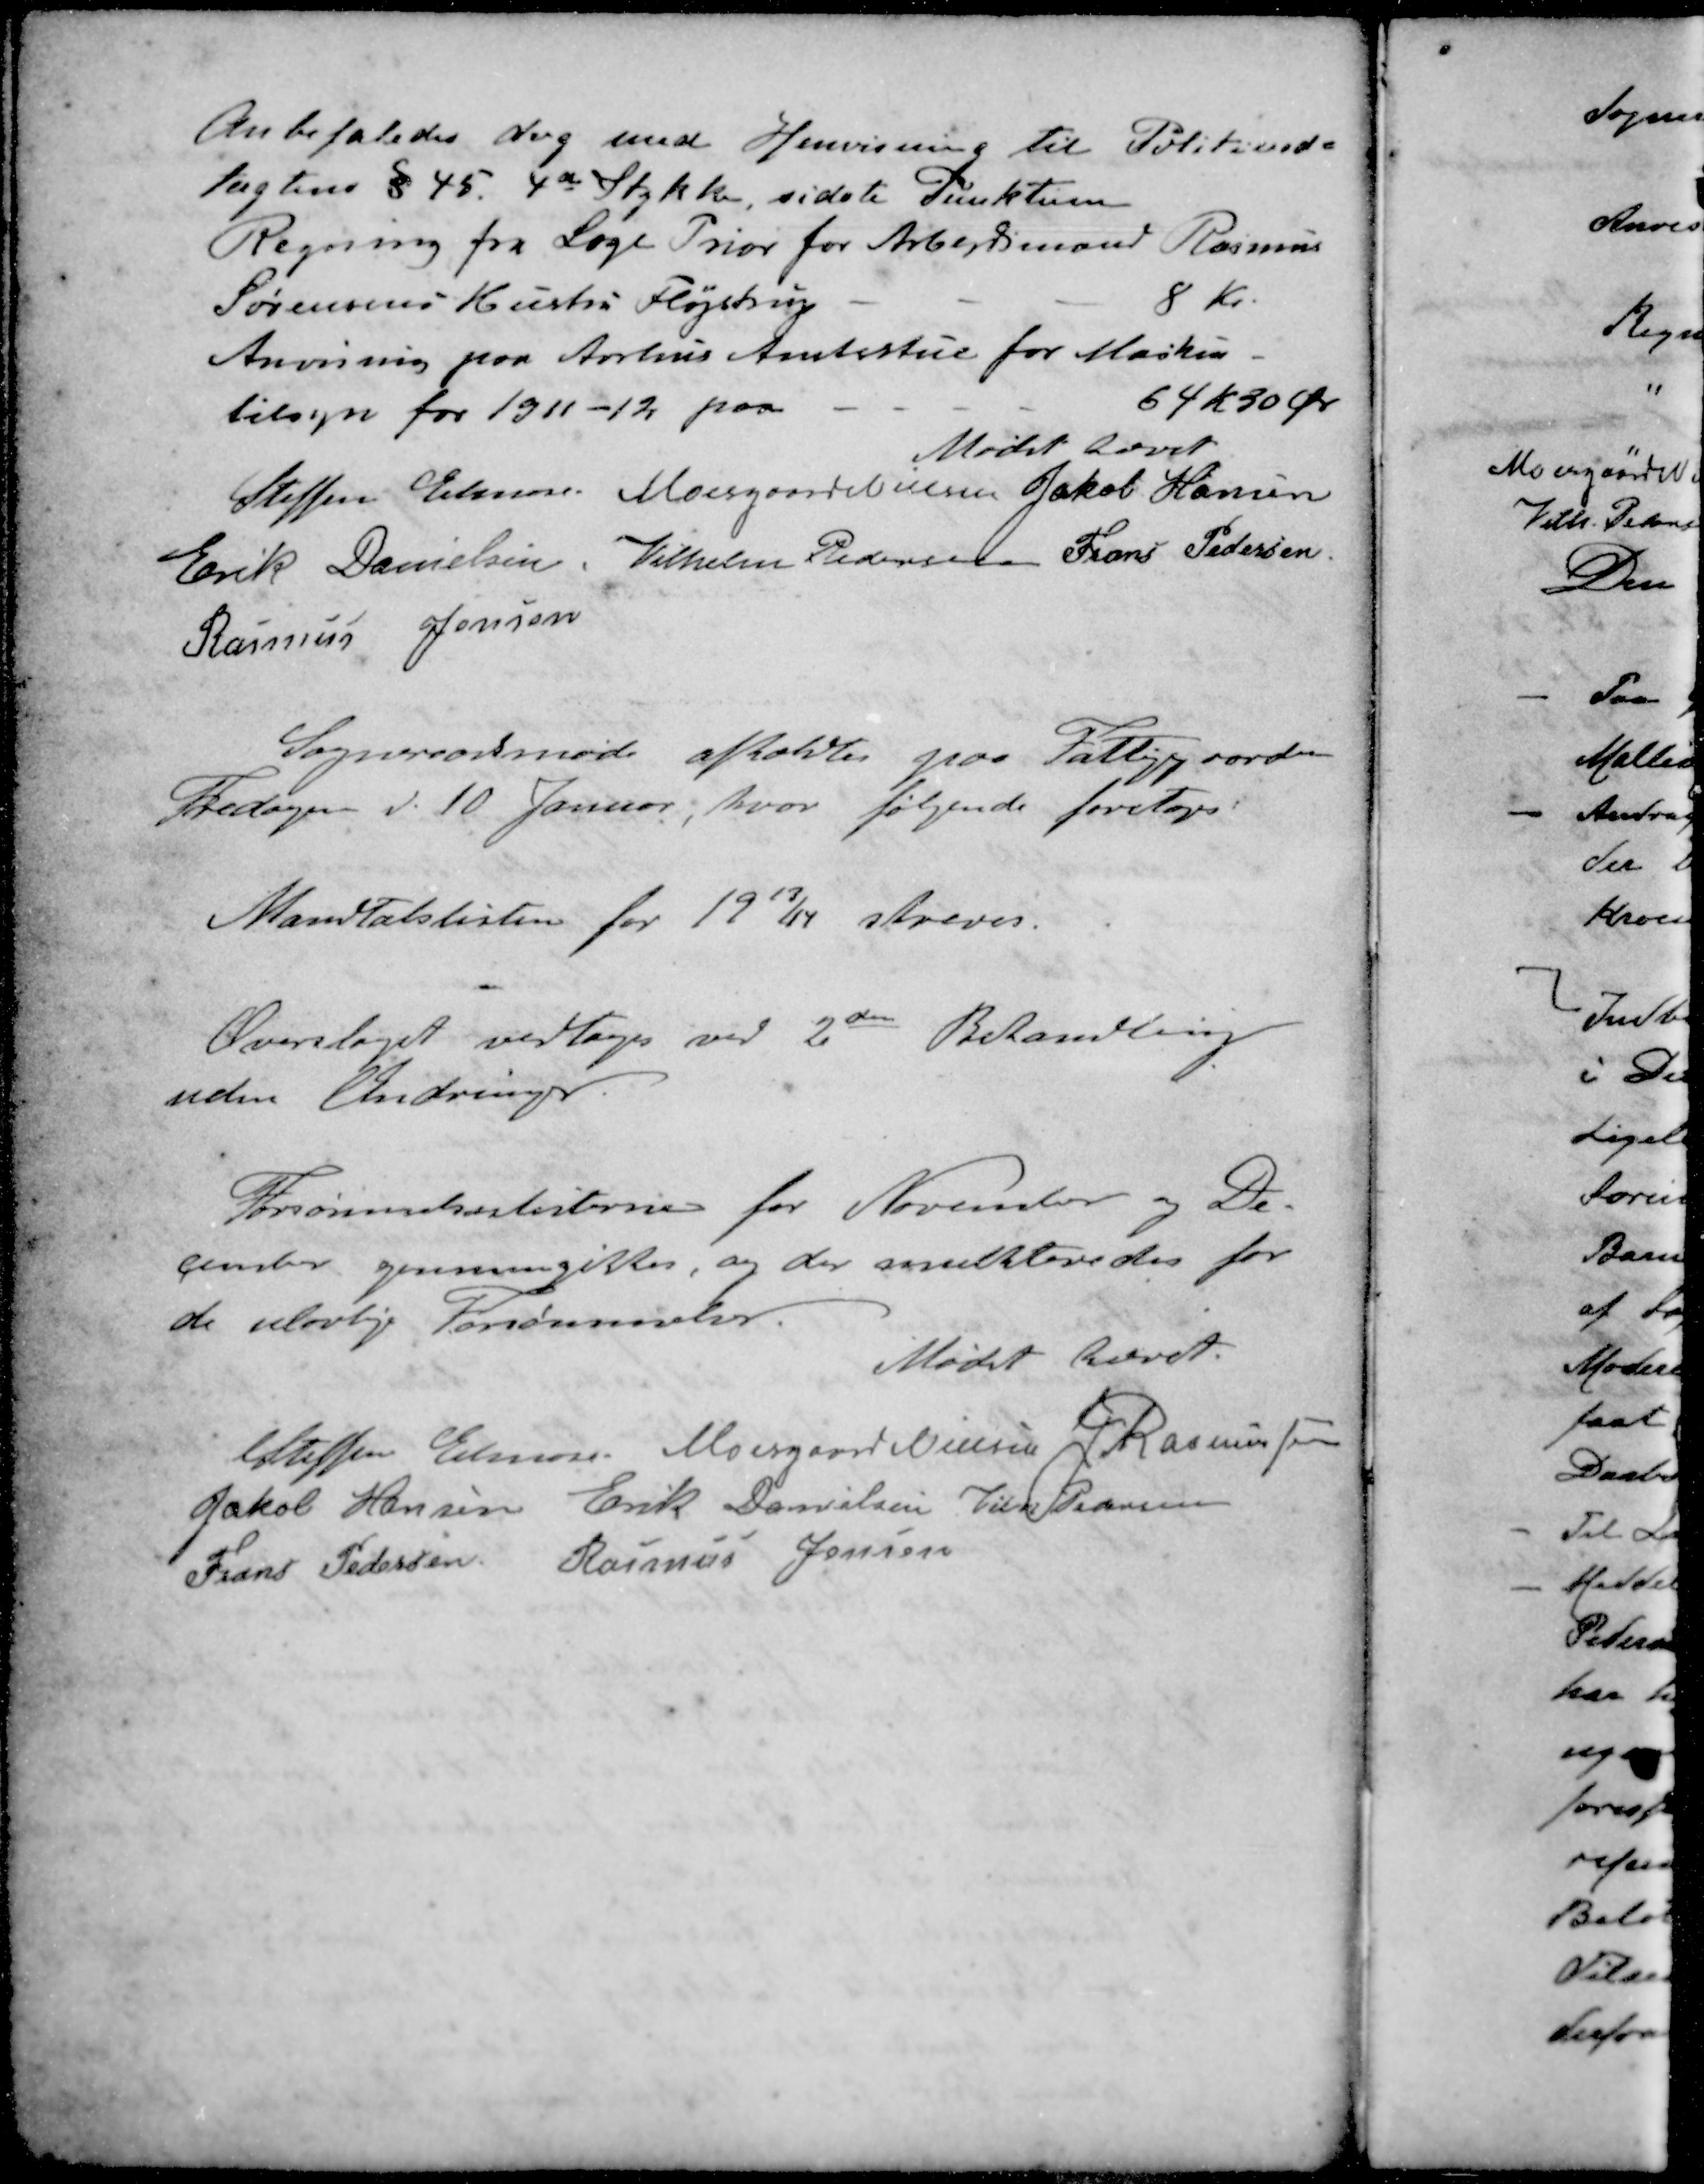
Transskription:
Anbefaledes dog med Henvisning til Politived=
tægtens § 45. 4de Stykke, sidste Punktum
Regning fra Læge Prior for Arbejdsmand Rasmus
Sørensens Hustru Fløjstrup - - - 8 Kr.
Anvisning paa Aarhus Amtsstue for Maskin-
tilsyn for 1911-12 paa - - - - 64 Kr 50 Øre
Mødet hævet
Steffen Elmose
Moesgaard Nielsen
Jakob Hansen
Erik Danielsen
Vilhelm Pedersen
Frans Pedersen
Rasmus Jensen
Sogneraadsmøde afholdtes paa Fattiggaarden
Fredagen d. 10. Januar, hvor følgende foretoges:
Mandtalslisten for 1913/14 skreves.
Overslaget vedtoges ved 2den Behandling
uden Ændringer.
Forsømmelseslisterne for November og De-
gemster gennemgikkes, og der mulkteredes for
de ulovlige Forsømmelser.
Mødet hævet.
Steffen Elmose
Moesgaard Nielsen
J Rasmussen
Jakob Hansen
Erik Danielsen
Vilh Pedersen
Frans Pedersen
Rasmus Jensen